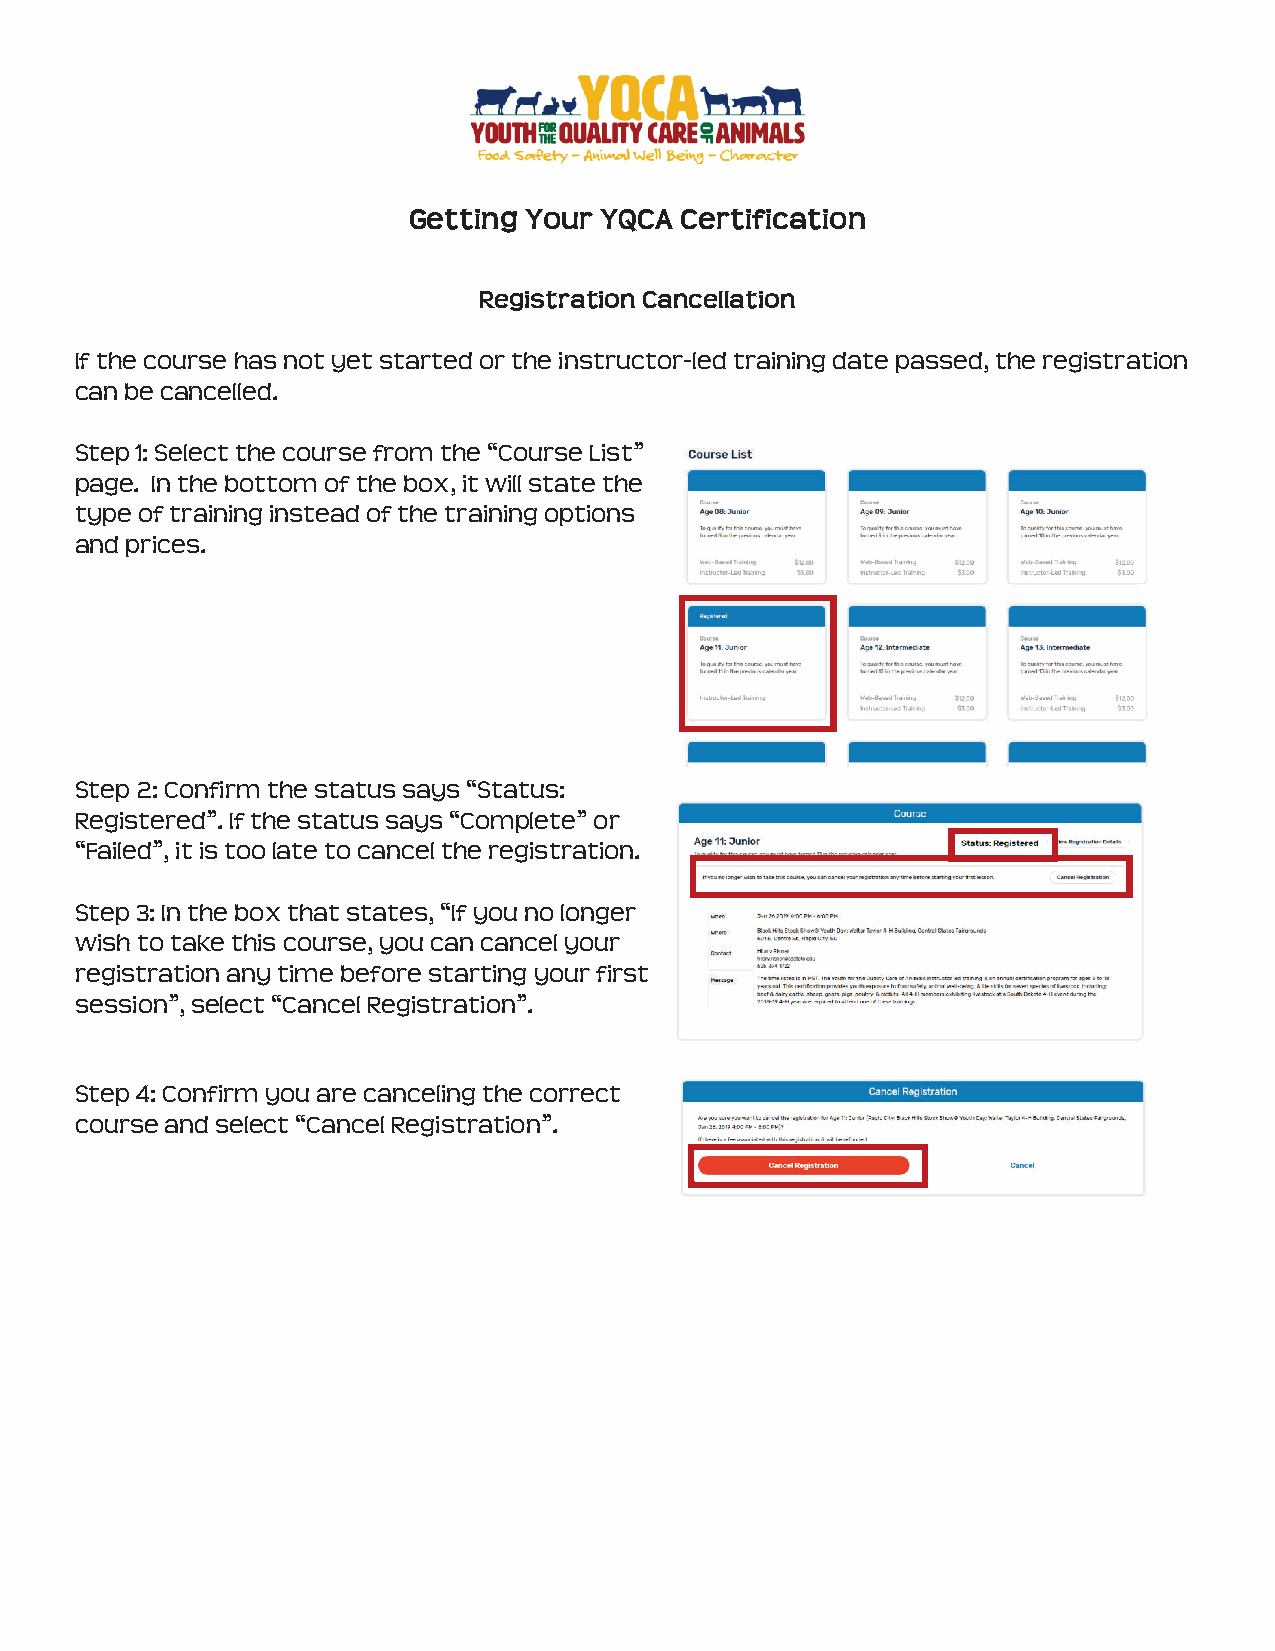
Getting Your YQCA Certification
 Registration Cancellation
 If the course has not yet started or the instructor-led training date passed, the registration
 can be cancelled.
 Step 1: Select the course from the “Course List”
 page. In the bottom of the box, it will state the
 type of training instead of the training options
 and prices.
 Step 2: Confirm the status says “Status:
 Registered”. If the status says “Complete” or
 “Failed”, it is too late to cancel the registration.
 Step 3: In the box that states, “If you no longer
 wish to take this course, you can cancel your
 registration any time before starting your first
 session”, select “Cancel Registration”.
 Step 4: Confirm you are canceling the correct
 course and select “Cancel Registration”.